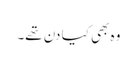
وہ بھی کیا دن تھے۔